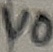
Text: V0